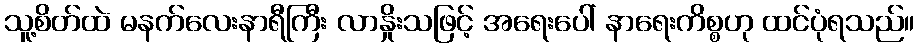
သူ့စိတ်ထဲ မနက်လေးနာရီကြီး လာနှိုးသဖြင့် အရေးပေါ် နာရေးကိစ္စဟု ထင်ပုံရသည်။